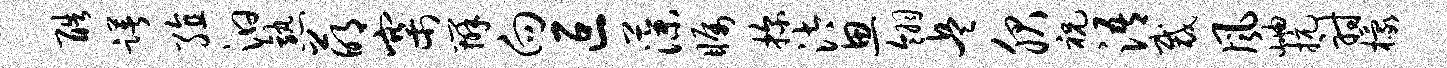
酷躇殖汩熟萌寨辨向叵藻瞩探汰思翎兵服祝浯裁风岫抗射檬